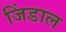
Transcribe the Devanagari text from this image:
जिंडाल